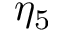
\eta _ { 5 }